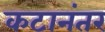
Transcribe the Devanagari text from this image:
कटानंतर